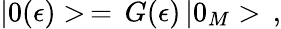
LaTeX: |0(\epsilon)>\, =\, G(\epsilon)\, |0_{M}>\, {,}